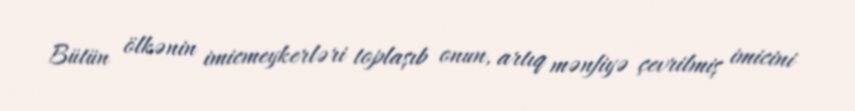
Bütün ölkənin imicmeykerləri toplaşıb onun, artıq mənfiyə çevrilmiş imicini